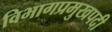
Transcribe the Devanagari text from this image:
विभागप्रमुखपदी